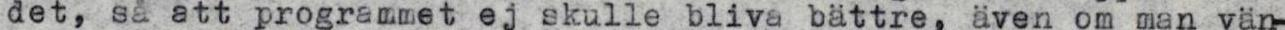
det, så att programmet ej skulle bliva bättre, även om man vän-